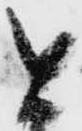
と